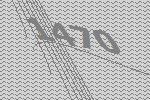
1470